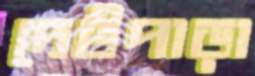
দেউপাড়া